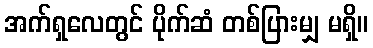
အက်ရှလေတွင် ပိုက်ဆံ တစ်ပြားမျှ မရှိ။